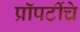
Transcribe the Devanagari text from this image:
प्रॉपर्टीचे